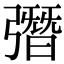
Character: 㣅